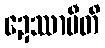
ဍေဿာမီတိ